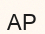
АР